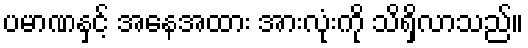
ပမာဏနှင့် အနေအထား အားလုံးကို သိရှိလာသည်။